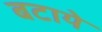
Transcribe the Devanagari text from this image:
बटाये